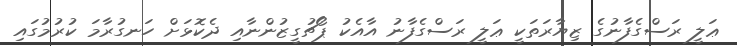
ޢަލީ ރަސްގެފާނުގެ ޒިޔާރަތަކީ ޢަލީ ރަސްގެފާނު އާއެކު ޕޯޗުގީޒުންނާއި ދެކޮޅަށް ހަނގުރާމަ ކުރުމުގައި